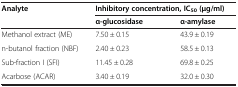
<table><thead><tr><td rowspan="2"><b>Analyte</b></td><td colspan="2"><b>Inhibitory concentration, IC<sub>50 </sub>(μg/ml)</b></td></tr><tr><td><b>α-glucosidase</b></td><td><b>α-amylase</b></td></tr></thead><tbody><tr><td>Methanol extract (ME)</td><td>7.50 ± 0.15</td><td>43.9 ± 0.19</td></tr><tr><td>n-butanol fraction (NBF)</td><td>2.40 ± 0.23</td><td>58.5 ± 0.13</td></tr><tr><td>Sub-fraction I (SFI)</td><td>11.45 ± 0.28</td><td>69.8 ± 0.25</td></tr><tr><td>Acarbose (ACAR)</td><td>3.40 ± 0.19</td><td>32.0 ± 0.30</td></tr></tbody></table>